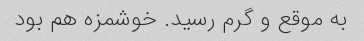
به موقع و گرم رسید. خوشمزه هم بود